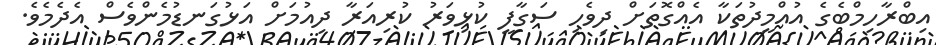
އިބްރާހިމްބެގެ އުއްމީދުތަކާ އެއްގޮތަށް ދިވެހި ސަގާފީ ކުޅިވަރު ކުރިއަރާ ދިއުމަށް އަޅުގަނޑުމެންވެސް އެދެމެވެ.